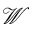
\mathcal { W }